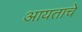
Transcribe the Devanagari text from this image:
आयताचे